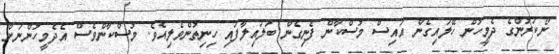
ނޯކަރުންގެ ދެމީހުން ހޭލައިގެން އައިސް މުސްކާން ފެނިގެން ބަލައިލާފައި ހިނިތުންވެލިއެވެ. މުސްކާންވެސް އެދެމީހުންނަށް